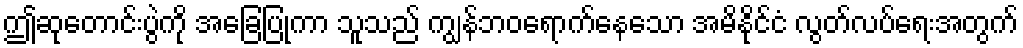
ဤဆုတောင်းပွဲကို အခြေပြုကာ သူသည် ကျွန်ဘဝရောက်နေသော အမိနိုင်ငံ လွတ်လပ်ရေးအတွက်